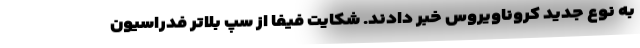
به نوع جدید کروناویروس خبر دادند. شکایت فیفا از سپ بلاتر فدراسیون